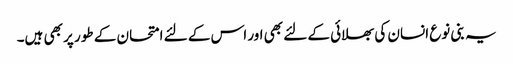
یہ بنی نوع انسان کی بھلائی کے لئے بھی اور اس کے لئے امتحان کے طور پر بھی ہیں۔